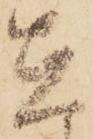
在